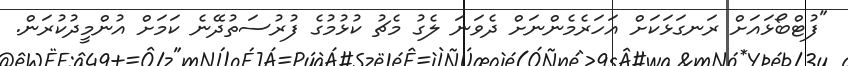
"ފުޓްބޯޅައަށް ރަނގަޅަކަށް އަހަރެމެންނަށް ދެވަނަ ލެގު މެޗު ކުޅުމުގެ ފުރުސަތުދޭނެ ކަމަށް އުންމީދުކުރަން.